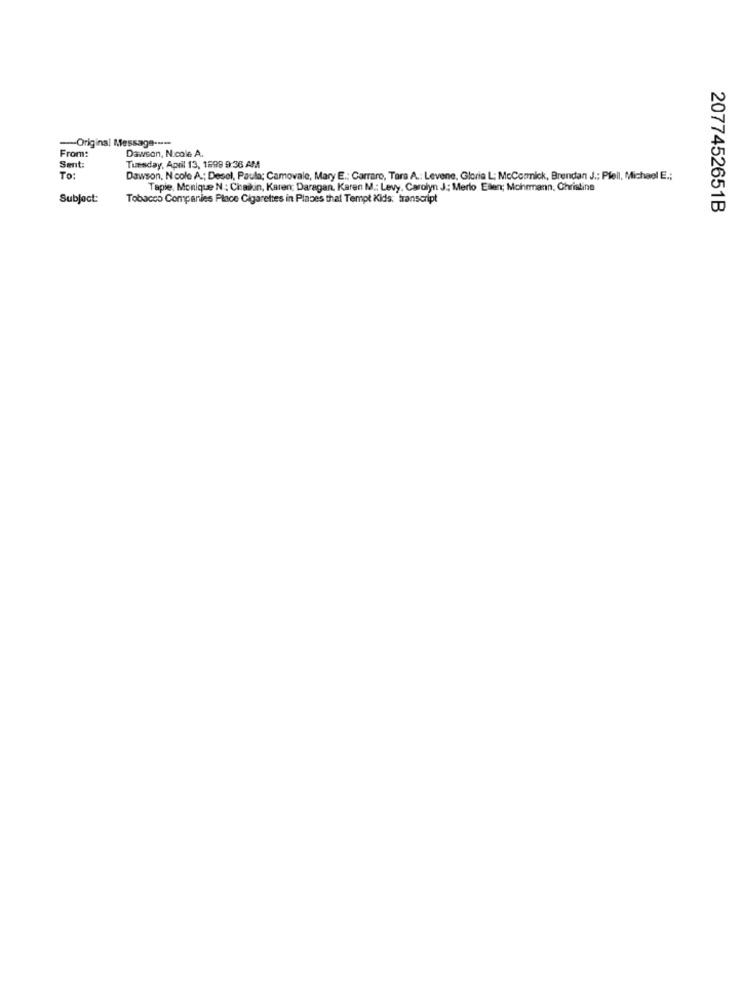
-Original Message -----
From:
Dawson, N.cole A.
Sent:
Tuesday, April 13, 1899 9:36 AM
To:
Dawson, Nicole A .; Desel, Paula; Camovale, Mary E .: Carraro, Tara A .: Levene, Gloria L; McCormick, Brendan J .; Pfeil, Michael E .;
Tapie, Monique N : Chaikin, Karen; Daragan, Karen M .: Levy. Carolyn J .; Merlo Ellen; Mohrmann, Christine
Subject:
Tobacco Companies Place Cigarettes in Places thal Tempt Kids: transcript
2077452651B